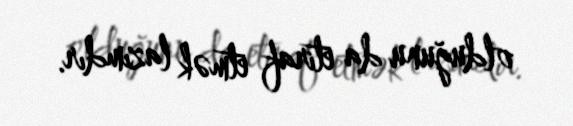
olduğunu da etiraf etmək lazımdır.